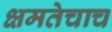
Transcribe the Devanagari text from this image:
क्षमतेचाच